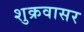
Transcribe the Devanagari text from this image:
शुक्रवासर